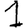
Digit: 1